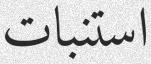
استنبات